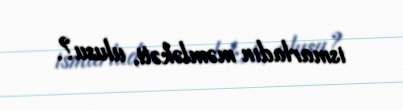
ismarladın məmləkəti, ulusu?.